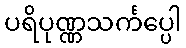
ပရိပုဏ္ဏသင်္ကပ္ပေါ